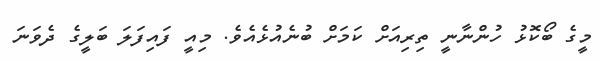
މީގެ ބޯކޮޅު ހުންނާނީ ތިރިއަށް ކަމަށް ބުނެއުޅެއެވެ. މިއީ ފައިފަލަ ބަލީގެ ދެވަނަ